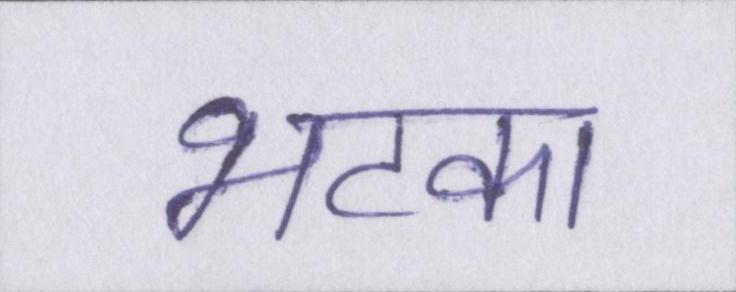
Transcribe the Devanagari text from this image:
भटका